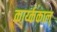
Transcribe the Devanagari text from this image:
कार्य्ककाल्